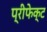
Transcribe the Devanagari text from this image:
प्रीफेक्ट